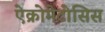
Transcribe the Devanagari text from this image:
ऐक्रोमेटोसिस